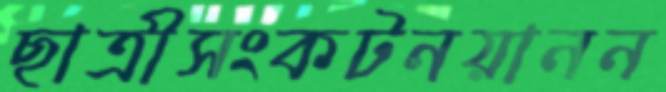
ছাত্রীসংকটনয়ানন